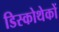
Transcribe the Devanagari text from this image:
डिस्कोथेकों